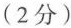
(2分)